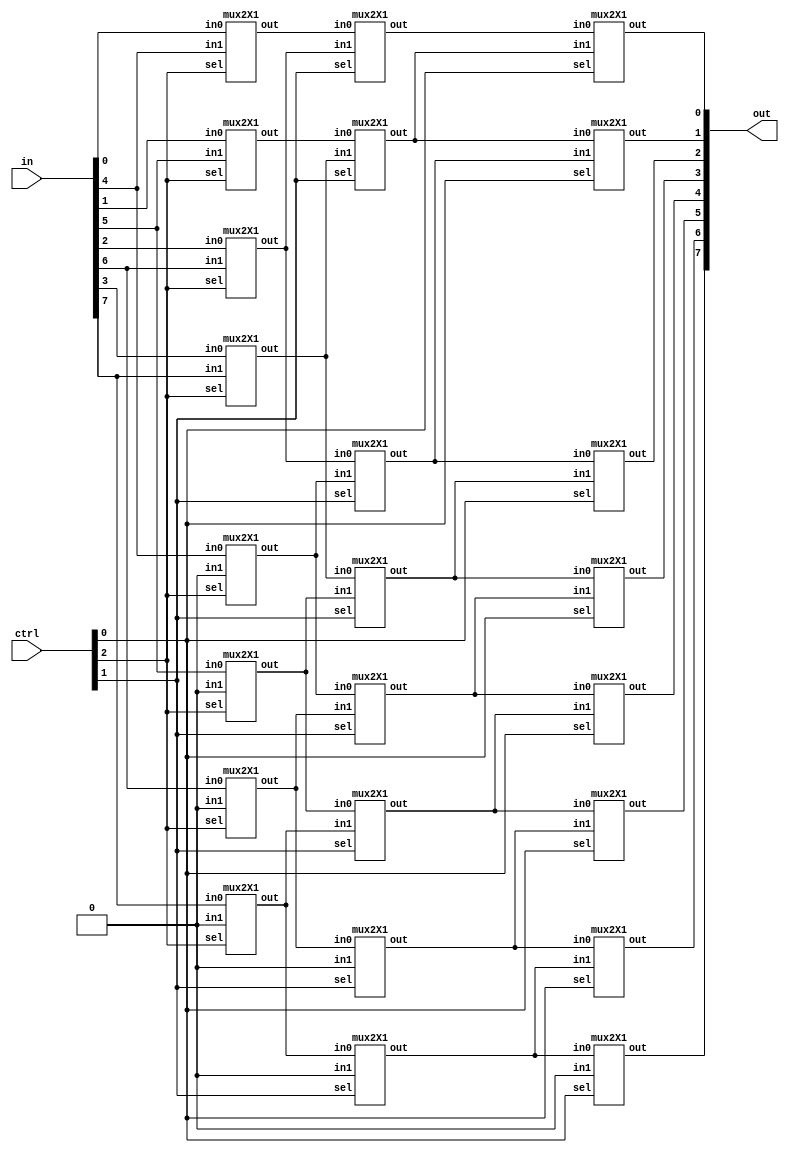
`timescale 1ns / 1ps
//////////////////////////////////////////////////////////////////////////////////
// Company: 
// Engineer: 
// 
// Design Name: 
// Module Name: barrel_shifter_8bit
// Project Name: 
// Target Devices: 
// Tool Versions: 
// Description: 
// 
// Dependencies: 
// 
// Revision:
// Revision 0.01 - File Created
// Additional Comments:
// 
//////////////////////////////////////////////////////////////////////////////////


module barrel_shifter_8bit (in, ctrl, out);
  input  [7:0] in;
  input [2:0] ctrl;
  output [7:0] out;
  wire [7:0] x,y;

//4bit shift right
mux2X1  ins_17 (.in0(in[7]),.in1(1'b0),.sel(ctrl[2]),.out(x[7]));
mux2X1  ins_16 (.in0(in[6]),.in1(1'b0),.sel(ctrl[2]),.out(x[6]));
mux2X1  ins_15 (.in0(in[5]),.in1(1'b0),.sel(ctrl[2]),.out(x[5]));
mux2X1  ins_14 (.in0(in[4]),.in1(1'b0),.sel(ctrl[2]),.out(x[4]));
mux2X1  ins_13 (.in0(in[3]),.in1(in[7]),.sel(ctrl[2]),.out(x[3]));
mux2X1  ins_12 (.in0(in[2]),.in1(in[6]),.sel(ctrl[2]),.out(x[2]));
mux2X1  ins_11 (.in0(in[1]),.in1(in[5]),.sel(ctrl[2]),.out(x[1]));
mux2X1  ins_10 (.in0(in[0]),.in1(in[4]),.sel(ctrl[2]),.out(x[0]));

//2 bit shift right

mux2X1  ins_27 (.in0(x[7]),.in1(1'b0),.sel(ctrl[1]),.out(y[7]));
mux2X1  ins_26 (.in0(x[6]),.in1(1'b0),.sel(ctrl[1]),.out(y[6]));
mux2X1  ins_25 (.in0(x[5]),.in1(x[7]),.sel(ctrl[1]),.out(y[5]));
mux2X1  ins_24 (.in0(x[4]),.in1(x[6]),.sel(ctrl[1]),.out(y[4]));
mux2X1  ins_23 (.in0(x[3]),.in1(x[5]),.sel(ctrl[1]),.out(y[3]));
mux2X1  ins_22 (.in0(x[2]),.in1(x[4]),.sel(ctrl[1]),.out(y[2]));
mux2X1  ins_21 (.in0(x[1]),.in1(x[3]),.sel(ctrl[1]),.out(y[1]));
mux2X1  ins_20 (.in0(x[0]),.in1(x[2]),.sel(ctrl[1]),.out(y[0]));

//1 bit shift right
mux2X1  ins_07 (.in0(y[7]),.in1(1'b0),.sel(ctrl[0]),.out(out[7]));
mux2X1  ins_06 (.in0(y[6]),.in1(y[7]),.sel(ctrl[0]),.out(out[6]));
mux2X1  ins_05 (.in0(y[5]),.in1(y[6]),.sel(ctrl[0]),.out(out[5]));
mux2X1  ins_04 (.in0(y[4]),.in1(y[5]),.sel(ctrl[0]),.out(out[4]));
mux2X1  ins_03 (.in0(y[3]),.in1(y[4]),.sel(ctrl[0]),.out(out[3]));
mux2X1  ins_02 (.in0(y  [2]),.in1(y[3]),.sel(ctrl[0]),.out(out[2]));
mux2X1  ins_01 (.in0(y[1]),.in1(y[2]),.sel(ctrl[0]),.out(out[1]));
mux2X1  ins_00 (.in0(y[0]),.in1(y[1]),.sel(ctrl[0]),.out(out[0]));

endmodule


//2X1 Mux
module mux2X1( in0,in1,sel,out);
input in0,in1;
input sel;
output out;
assign out=(sel)?in1:in0;
endmodule